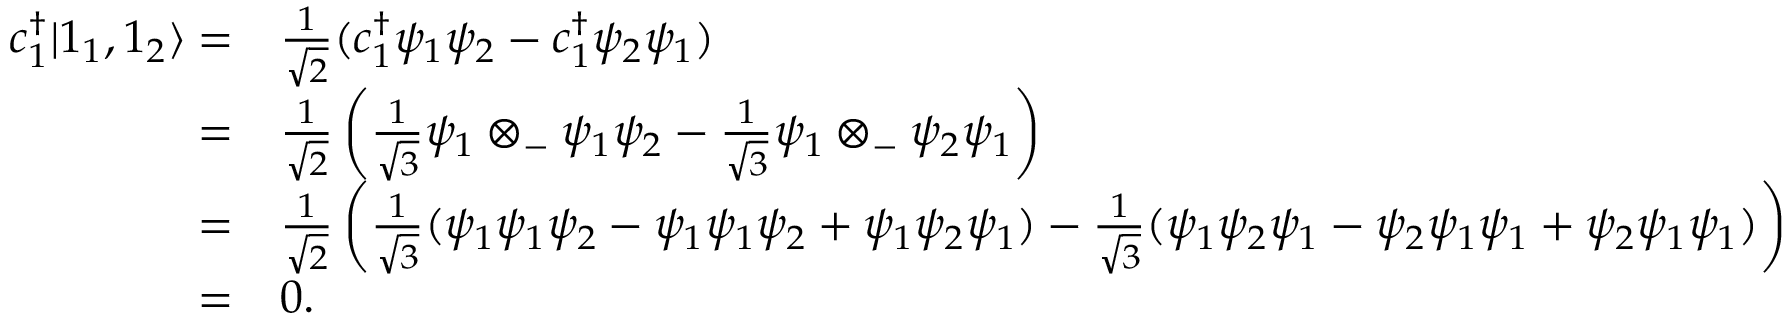
{ \begin{array} { r l } { c _ { 1 } ^ { \dagger } | 1 _ { 1 } , 1 _ { 2 } \rangle = } & { { \frac { 1 } { \sqrt { 2 } } } ( c _ { 1 } ^ { \dagger } \psi _ { 1 } \psi _ { 2 } - c _ { 1 } ^ { \dagger } \psi _ { 2 } \psi _ { 1 } ) } \\ { = } & { { \frac { 1 } { \sqrt { 2 } } } \left( { \frac { 1 } { \sqrt { 3 } } } \psi _ { 1 } \otimes _ { - } \psi _ { 1 } \psi _ { 2 } - { \frac { 1 } { \sqrt { 3 } } } \psi _ { 1 } \otimes _ { - } \psi _ { 2 } \psi _ { 1 } \right) } \\ { = } & { { \frac { 1 } { \sqrt { 2 } } } \left( { \frac { 1 } { \sqrt { 3 } } } ( \psi _ { 1 } \psi _ { 1 } \psi _ { 2 } - \psi _ { 1 } \psi _ { 1 } \psi _ { 2 } + \psi _ { 1 } \psi _ { 2 } \psi _ { 1 } ) - { \frac { 1 } { \sqrt { 3 } } } ( \psi _ { 1 } \psi _ { 2 } \psi _ { 1 } - \psi _ { 2 } \psi _ { 1 } \psi _ { 1 } + \psi _ { 2 } \psi _ { 1 } \psi _ { 1 } ) \right) } \\ { = } & { 0 . } \end{array} }